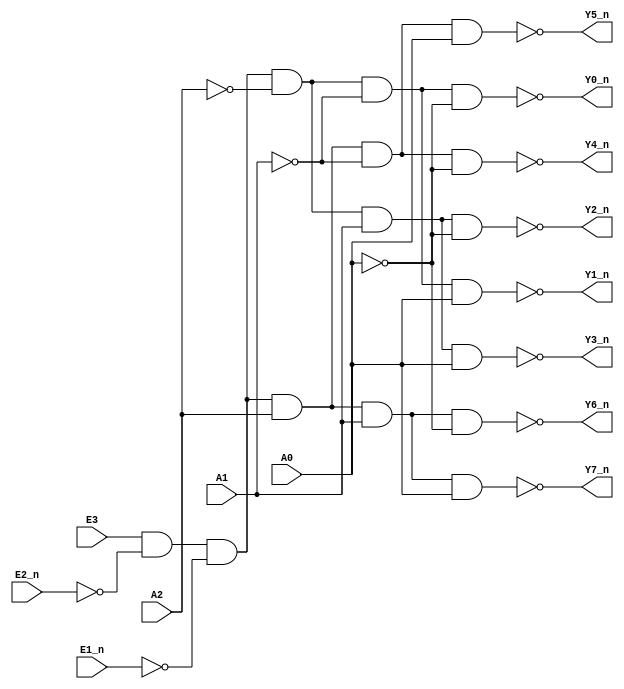
`timescale 1ns/1ns

module decoder_38(
   input             E1_n   ,
   input             E2_n   ,
   input             E3     ,
   input             A0     ,
   input             A1     ,
   input             A2     ,
   
   output wire       Y0_n   ,  
   output wire       Y1_n   , 
   output wire       Y2_n   , 
   output wire       Y3_n   , 
   output wire       Y4_n   , 
   output wire       Y5_n   , 
   output wire       Y6_n   , 
   output wire       Y7_n   
);
wire E ;
assign E = E3 & ~E2_n & ~E1_n;
assign  Y0_n = ~(E & ~A2 & ~A1 & ~A0);
assign  Y1_n = ~(E & ~A2 & ~A1 &  A0);
assign  Y2_n = ~(E & ~A2 &  A1 & ~A0);
assign  Y3_n = ~(E & ~A2 &  A1 &  A0);
assign  Y4_n = ~(E &  A2 & ~A1 & ~A0);
assign  Y5_n = ~(E &  A2 & ~A1 &  A0);
assign  Y6_n = ~(E &  A2 &  A1 & ~A0);
assign  Y7_n = ~(E &  A2 &  A1 &  A0);
     
endmodule

module decoder0(
   input             A     ,
   input             B     ,
   input             C     ,
   
   output wire       L
);
    wire W7,W6,W5,W4,W3,W2,W1,W0;
    decoder_38 U1 (
        .E1_n(1'b0),
        .E2_n(1'b0),
        .E3(1'b1),
        .A2(A),
        .A1(B),
        .A0(C),
        .Y7_n(W7),
        .Y6_n(W6),
        .Y5_n(W5),
        .Y4_n(W4),
        .Y3_n(W3),
        .Y2_n(W2),
        .Y1_n(W1),
        .Y0_n(W0)
    );

    assign L = W0 & W2 & W4 & W5;
endmodule